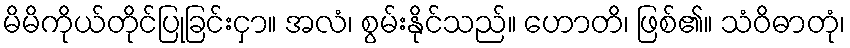
မိမိကိုယ်တိုင်ပြုခြင်းငှာ။ အလံ၊ စွမ်းနိုင်သည်။ ဟောတိ၊ ဖြစ်၏။ သံဝိဓာတုံ၊